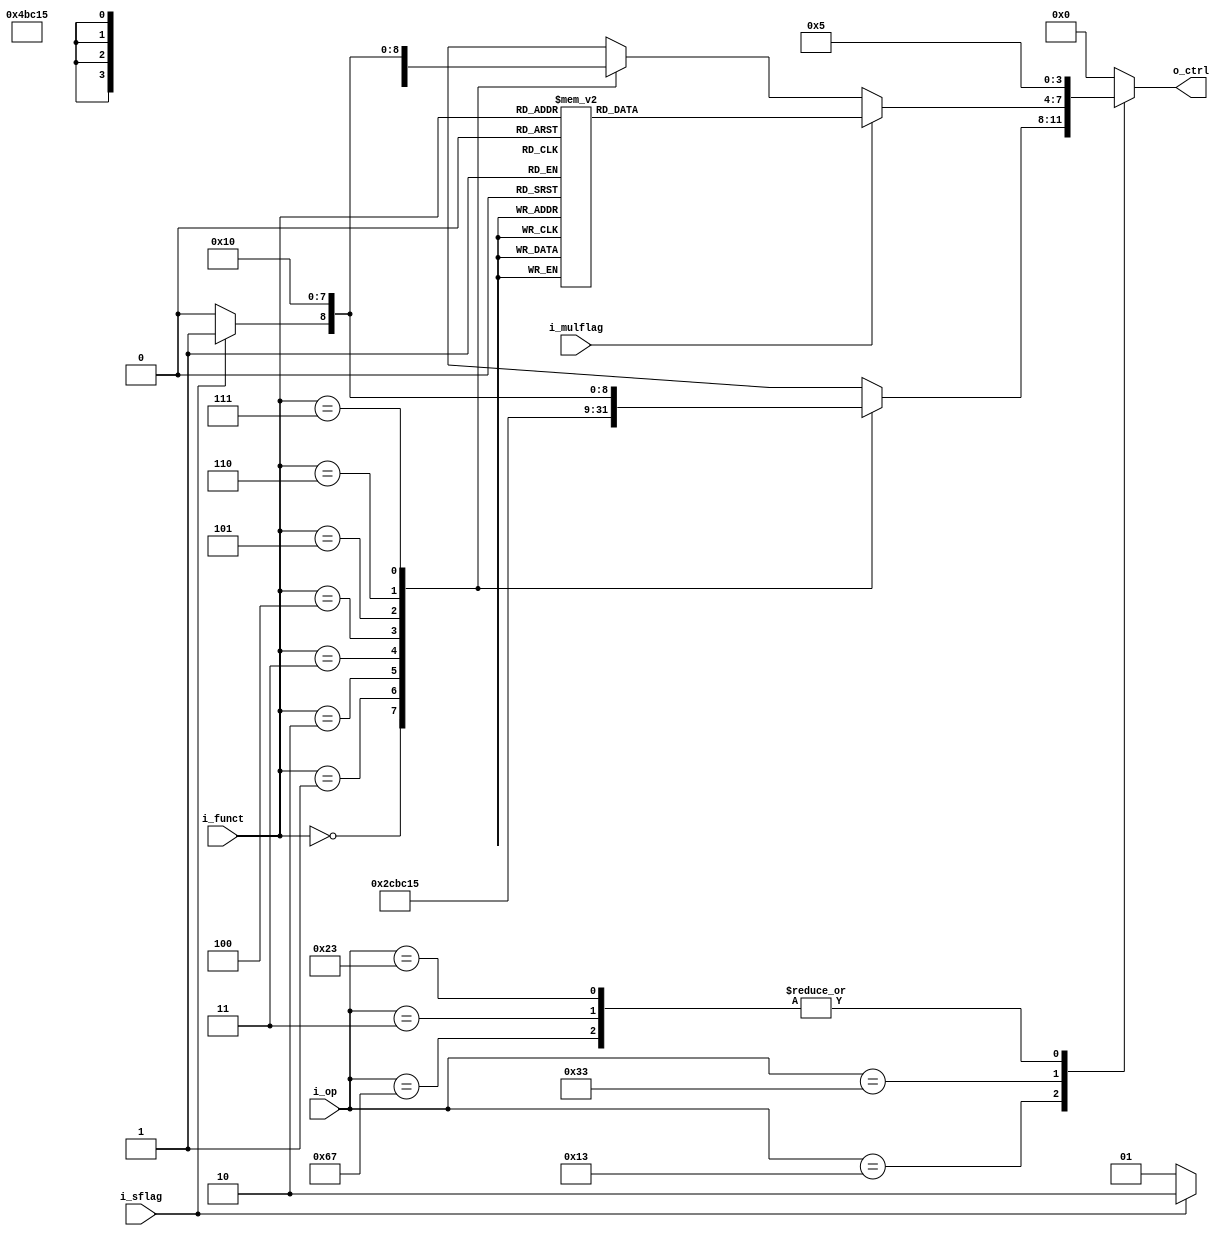
`timescale 1ns / 1ps

module aludec(
	input	[2:0]	i_funct,
	input	[6:0]	i_op,
	input			i_sflag,
	input			i_mulflag,

	output	[3:0]	o_ctrl
);

	parameter	AND		=	4'b0000,
				OR		= 	4'b0001,
				XOR		=	4'b0010,
				NAND	=	4'b0011,
				NOR		=	4'b0100,
				ADD		=	4'b0101,
				SUB		=	4'b0110,
				SLT		=	4'b0111,
				SLTU	=	4'b1000,
				SLL		=	4'b1001,
				SRL		=	4'b1010,
				SRA		=	4'b1011,

				MUL		=	4'b0000,
				MULH	= 	4'b0001,
				MULHSU	=	4'b0010,
				MULHU	=	4'b0011,
				DIV		=	4'b0100,
				DIVU	=	4'b0101,
				REM		=	4'b0110,
				REMU	=	4'b0011;

	reg		[3:0]	r_ctrl;

	always @(*) begin
		casex (i_op)
		7'b0010011: begin // i inst
			case (i_funct)
			3'b000:	r_ctrl	<=	ADD			;
			3'b001:	r_ctrl	<=	SLL			;
			3'b010:	r_ctrl	<=	SLT			;
			3'b011:	r_ctrl	<=	SLTU		;
			3'b100:	r_ctrl	<=	XOR			;
			3'b101: r_ctrl	<=	(i_sflag) ? SRA : SRL;
			3'b110:	r_ctrl	<=	OR			;
			3'b111:	r_ctrl	<=	AND			;
			endcase
		end
		7'b0110011: begin // r inst
			if (i_mulflag) begin
				case (i_funct)
				3'b000:	r_ctrl	<=	MUL			;
				3'b001:	r_ctrl	<=	MULH		;
				3'b010:	r_ctrl	<=	MULHSU		;
				3'b011:	r_ctrl	<=	MULHU		;
				3'b100:	r_ctrl	<=	DIV			;
				3'b101: r_ctrl	<=	DIVU		;
				3'b110:	r_ctrl	<=	REM			;
				3'b111:	r_ctrl	<=	REMU		;
				endcase
			end else begin
				case (i_funct)
				3'b000:	r_ctrl	<=	(i_sflag) ? SUB : ADD ;
				3'b001:	r_ctrl	<=	SLL			;
				3'b010:	r_ctrl	<=	SLT			;
				3'b011:	r_ctrl	<=	SLTU		;
				3'b100:	r_ctrl	<=	XOR			;
				3'b101: r_ctrl	<=	(i_sflag) ? SRA : SRL;
				3'b110:	r_ctrl	<=	OR			;
				3'b111:	r_ctrl	<=	AND			;
				endcase
			end
			
		end
		7'b1100111: begin
			r_ctrl	<=	ADD;
		end
		7'b0000011: begin
			r_ctrl	<=	ADD;
		end
		7'b0100011: begin
			r_ctrl	<=	ADD;
		end
		default: r_ctrl	<=	0;
		endcase
	end

	assign	o_ctrl = r_ctrl;
endmodule